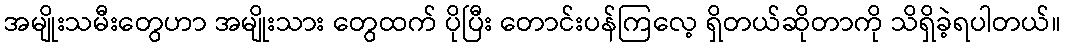
အမျိုးသမီးတွေဟာ အမျိုးသား တွေထက် ပိုပြီး တောင်းပန်ကြလေ့ ရှိတယ်ဆိုတာကို သိရှိခဲ့ရပါတယ်။